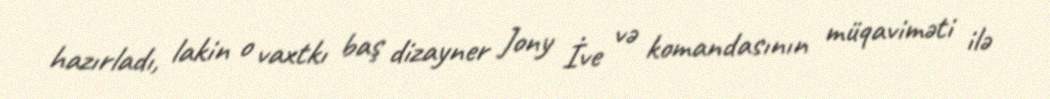
hazırladı, lakin o vaxtkı baş dizayner Jony İve və komandasının müqaviməti ilə